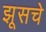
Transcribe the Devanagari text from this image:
झूसचे